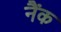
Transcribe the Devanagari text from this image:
नैंक